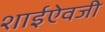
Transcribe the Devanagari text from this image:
शाईऐवजी